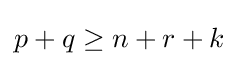
p+q\geq n+r+k